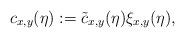
LaTeX: \begin{align*} c_{x,y}(\eta) := \tilde{c}_{x,y}(\eta) \xi_{x,y}(\eta),\end{align*}